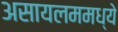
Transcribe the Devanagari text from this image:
असायलममध्ये